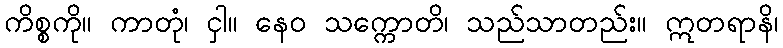
ကိစ္စကို။ ကာတုံ၊ ငှါ။ နေဝ သက္ကောတိ၊ သည်သာတည်း။ ဣတရာနိ၊